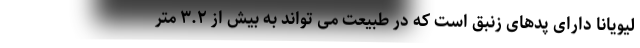
لیویانا دارای پدهای زنبق است که در طبیعت می تواند به بیش از ۳.۲ متر